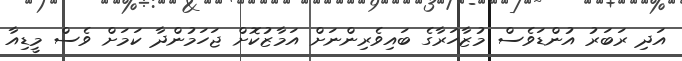
އަދި ރަބަރު އުންޑަވެސް މުޒާހަރާގެ ބައިވެރިންނަށް އަމާޒުކޮށް ޖަހަމުންދާ ކަމަށް ވެސް މީޑިއާ